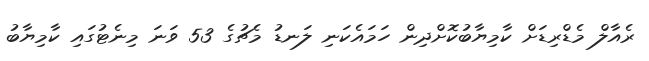
ރެއާލް މެޑްރިޑަށް ކާމިޔާބުކޮށްދިން ހަމައެކަނި ލަނޑު މެޗުގެ 53 ވަނަ މިނެޓުގައި ކާމިޔާބު